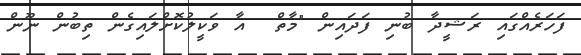
ފަހަރެއްގައި ރަޝީދާ ބުނި ފަދައިން "މާތް  އާ ވަކީލުކޮށްލައިގެން ތިބުން ނޫން